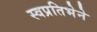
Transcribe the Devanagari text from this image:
स्वप्रतिभेने